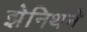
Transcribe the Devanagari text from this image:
झेनिथने